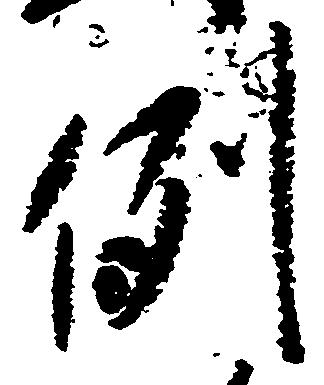
例